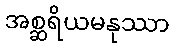
အစ္ဆရိယမနုဿာ